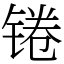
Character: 锩